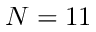
N = 1 1